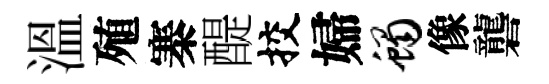
溫殖寨醍挍婦蝎像礱